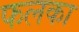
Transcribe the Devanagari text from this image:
फलका